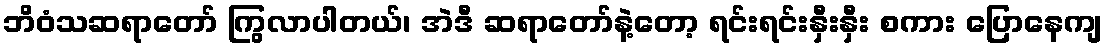
ဘိဝံသဆရာတော် ကြွလာပါတယ်၊ အဲဒီ ဆရာတော်နဲ့တော့ ရင်းရင်းနှီးနှီး စကား ပြောနေကျ